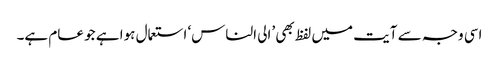
اسی وجہ سے آیت میں لفظ بھی ’الی الناس‘ استعمال ہوا ہے جو عام ہے۔